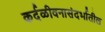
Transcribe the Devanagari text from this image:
कर्दळीवनासंदर्भातील